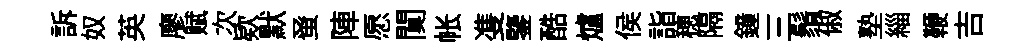
訴奴英廖赋次欵默𫊫陣愿闃帐㕠鑒酷爐侯詣穂隔鐘三鬚俶塾緇鞭吉